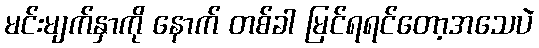
မင်းမျက်နှာကို နောက် တစ်ခါ မြင်ရရင်တော့အသေပဲ